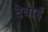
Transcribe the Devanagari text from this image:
देवाई